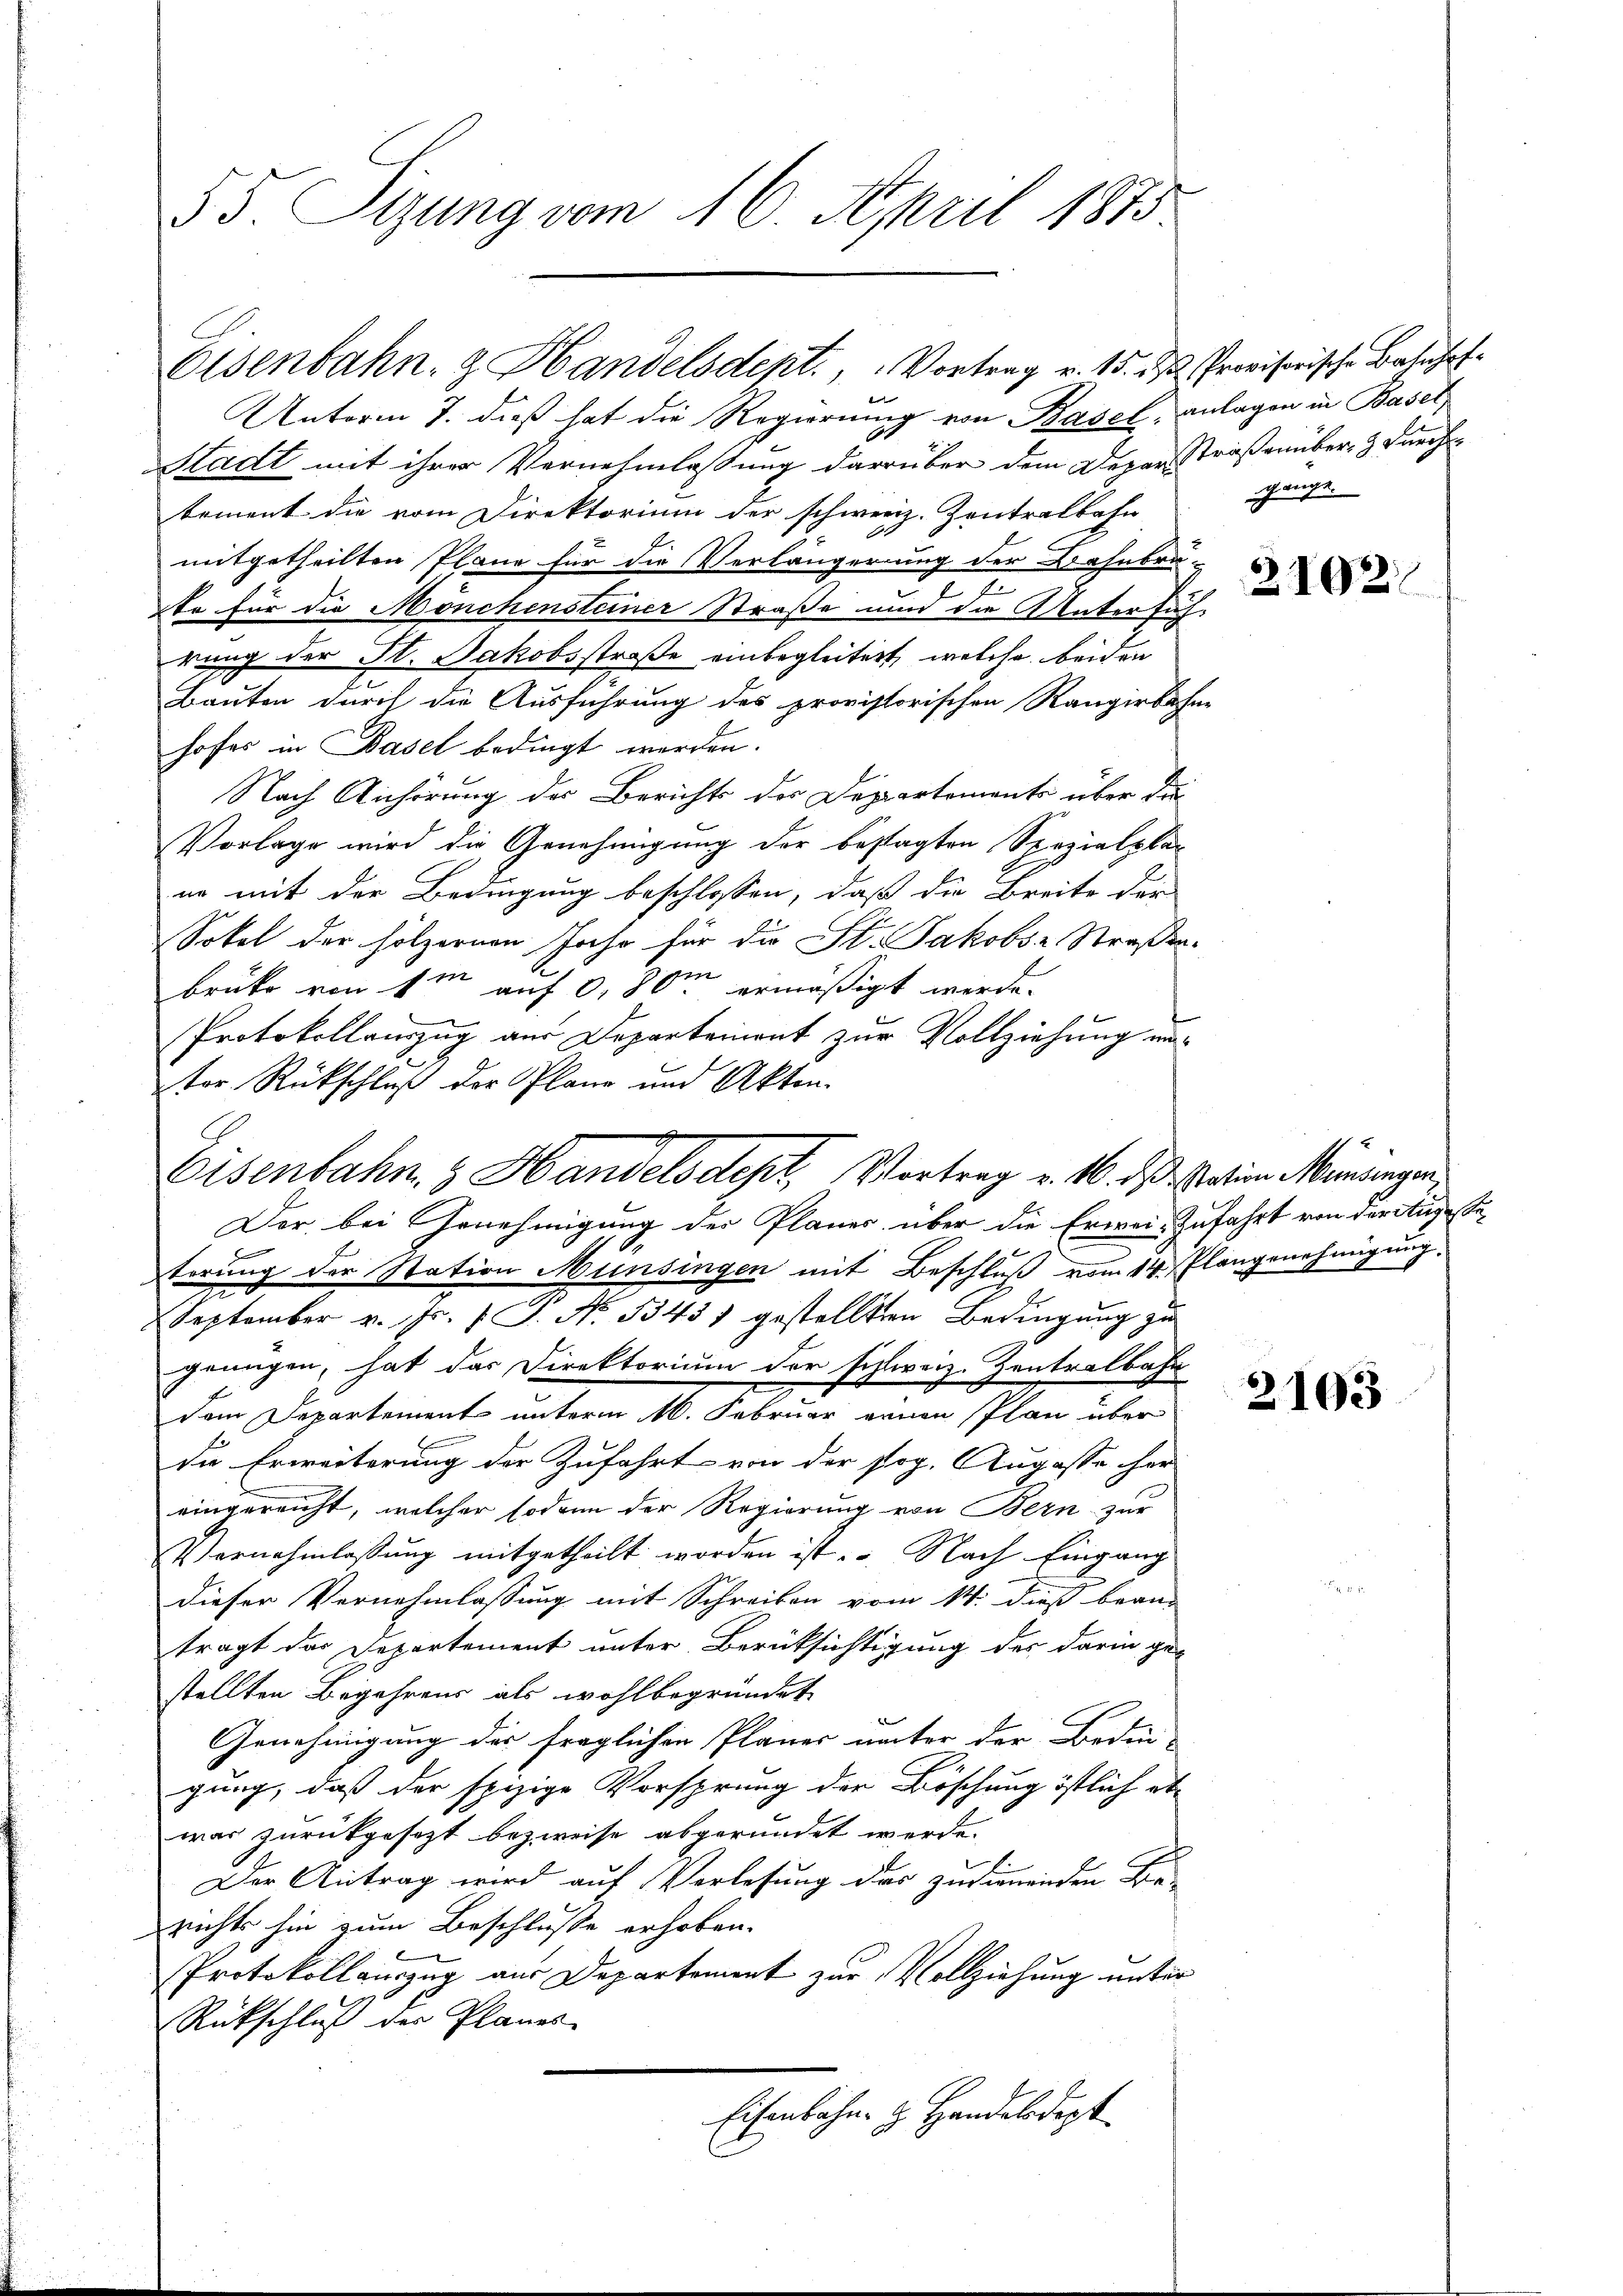
55. Sitzung vom 16. April 1875

Eisenbahn- & Handelsdent. Vortrag v. 15. d. Provisorische Bahnhof¬

Unterm 7. dieß hat die Regierung von Basel, anlagen in Basel,
Stadt mit ihrer Vernehmlassung darüber dem Depar Straßenüber- & Durchkement die vom Direktorium der schweiz. Zentralbahn
mitgetheilten Pläne für die Verlängerung der Bahnbrü-
2
to für die Mönchensteiner Straße und die Untersuchrung der St. Jakobsstraße einbegleitert, welche beiden
Bauten durch die Ausführung des provisorischen Rangirbahne
hofes in Basel bedingt werden.
Nach Anhörung des Berichts des Deppartements über die
Vorlage wird die Genehmigung der bestagten Spezialplan
ne mit der Bedingung beschlossen, daß die Breite der
Sokal der hölzernen Jahr für die St. Jakobse Straßen-
brüke von 1m auf 0,80m ermäßigt werde.
Protokollauszug aus Departemont zur Vollziehung aus
ter Rückschluß der Plane und Akten.
Der bei Genehmigung der Planes über die Erwei-Zufahrt von der Augesteterung der Station Münsingen mit Beschluß vom 14. Plangenehmigung.
September v. Js. 1 S. Nr. 3345) gestellten Bedingung zu
genügen, hat das Direktorium der schweiz. Zentralbahn
dem Departement unterm 16. Februar einen Plan über
die Erweiterung der Zufahrt von der sog. Augasse her
eingereicht, welcher sodann der Regierung von Bern zur
Vernehmlassung mitgetheilt worden ist. Nach Eingang
dieser Vernehmlassung mit Schreiben vom 14. dieß bean-
tragt das Departement unter Berücksichtigung des darin ge-
stellten Begehrens als wohlbegründet
den den – er
Genehmigung der fraglichen Planer unter der Bedin-
gung, daß der spizige Vorsprung der Böschung östlich et-
war zurückgesezt bezweise abgeründet werde.
Der Antrag wird auf Verlesung des zudienenden Be-
richts hin zum Beschlusse erhoben.
Protokollauszug aus Departement zur Vollziehung unter
Rückschluß der Planes
Eisenbahn H. Handelsdept

Eisenbahn, 3 Handelsdept, Vortrag v. M. das Station Mininger,

gange.

2102

2103